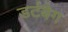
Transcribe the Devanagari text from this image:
डर्टबैग